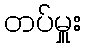
တပ်မှူး